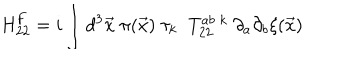
LaTeX: \mathrm { H } _ { 2 2 } ^ { F } = i \int d ^ { 3 } { \vec { x } } \; \pi ( { \vec { x } } ) \; \tau _ { k } \; \; T _ { 2 2 } ^ { a b \; k } \; \partial _ { a } \partial _ { b } { \xi } ( \vec { x } )